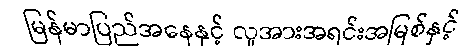
မြန်မာပြည်အနေနှင့် လူအားအရင်းအမြစ်နှင့်